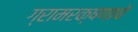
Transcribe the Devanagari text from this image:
ग्रामरक्षणाचे